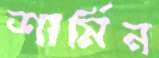
শার্মিন